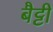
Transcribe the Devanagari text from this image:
बैट्टी